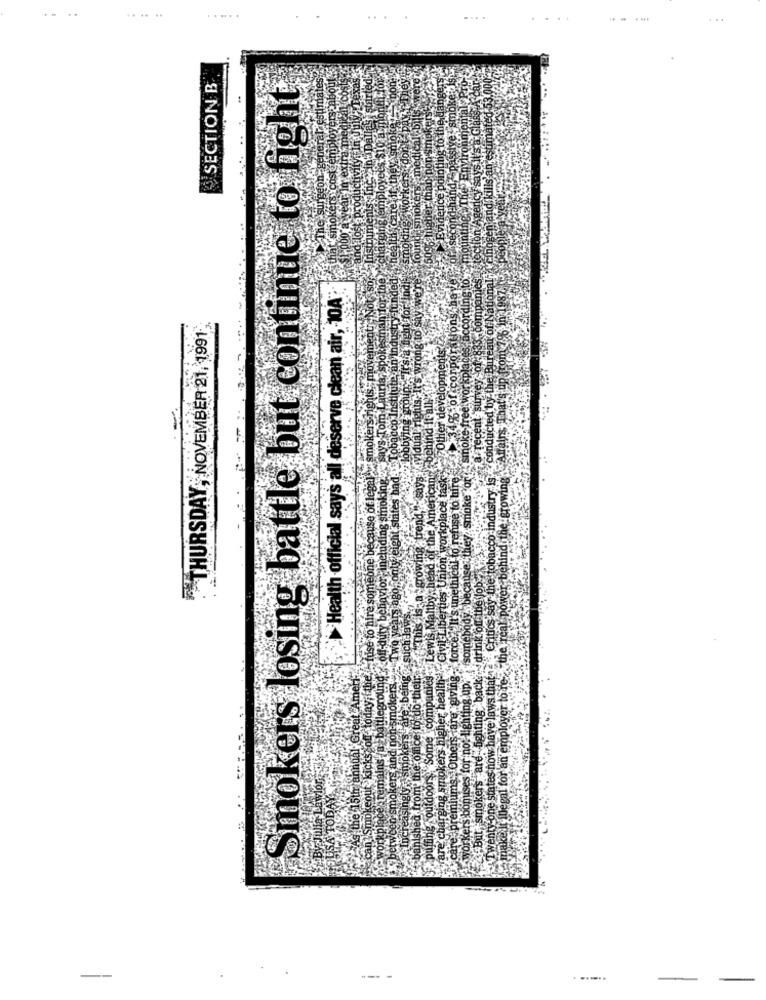
....
. ...
...
SECTION B
Smokers losing battle but continue to fight
smok
Health official says all deserve clean air, 10A
THURSDAY, NOVEMBER 21, 1991
eight states had
use of
og today, f the.fuse to hire someone
Two years agosonts
u-duty b
Critics'
re: being @ such as
some
drink
Fra battleground off-
Lew
As the 15th annual Great Amel
Twenty one states now have laws t
moke
me .Com
egal for an employe
kers higher
can Smokeout kick
maln
kers a
banished from
But, smoken
between-sn
puffing out
rkpla
are char
make ig
lncre
--- -